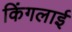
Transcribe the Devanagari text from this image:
किंगलाई